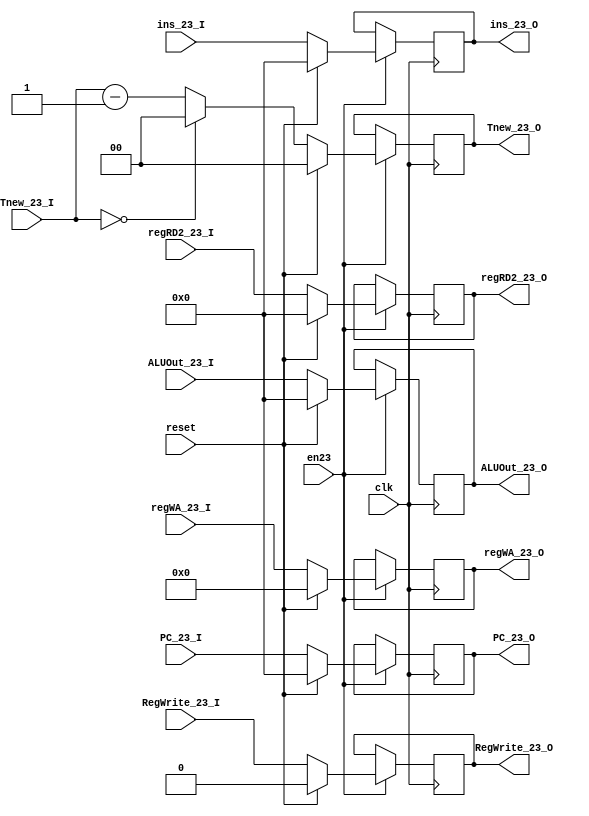
`timescale 1ns / 1ps

module EX_MEM(
    input clk,
    input reset,
    input en23,
	 input [31:0] ins_23_I,
	 output reg [31:0] ins_23_O,
    input [31:0] PC_23_I,
    output reg [31:0] PC_23_O,
    input [1:0] Tnew_23_I,
    output reg [1:0] Tnew_23_O,
    input RegWrite_23_I,
    output reg RegWrite_23_O,
    input [4:0] regWA_23_I,
    output reg [4:0] regWA_23_O,
    input [31:0] ALUOut_23_I,
    output reg [31:0] ALUOut_23_O,
    input [31:0] regRD2_23_I,
    output reg [31:0] regRD2_23_O
    );

    initial begin
        ins_23_O<=0;
        PC_23_O<=0;
        regWA_23_O<=0;
        ALUOut_23_O<=0;
        regRD2_23_O<=0;
        RegWrite_23_O<=0;
        Tnew_23_O<=0;
    end

    always @(posedge clk) begin
        if(en23)begin
            if(reset)begin
					  ins_23_O<=0;
					  PC_23_O<=0;
					  regWA_23_O<=0;
					  ALUOut_23_O<=0;
					  regRD2_23_O<=0;
					  RegWrite_23_O<=0;
					  Tnew_23_O<=0;
            end
            else begin
                ins_23_O<=ins_23_I;
                PC_23_O<=PC_23_I;
                regWA_23_O<=regWA_23_I;
                ALUOut_23_O<=ALUOut_23_I;
                regRD2_23_O<=regRD2_23_I;
                RegWrite_23_O<=RegWrite_23_I;
                Tnew_23_O<=(Tnew_23_I==0)?0:(Tnew_23_I-1);
            end
        end
    end

endmodule